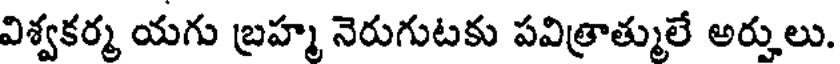
విశ్వకర్మ యగు బ్రహ్మ నెరుగుటకు పవిత్రాత్ములే అర్హులు.